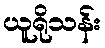
ယူရိုသန်း